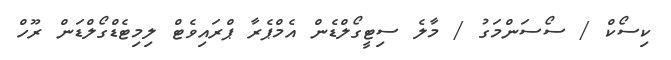
ކިސޯކް / ސޯސަންމަގު / މާލެ ސިޓީގޯލްޑެން އެމްޕެރާ ޕްރައިވެޓް ލިމިޓެޑްގޯލްޑަން ރޫހް